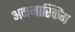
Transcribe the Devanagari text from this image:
अनमास्किंग